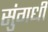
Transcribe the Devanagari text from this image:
सुंगधी